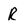
Character: R